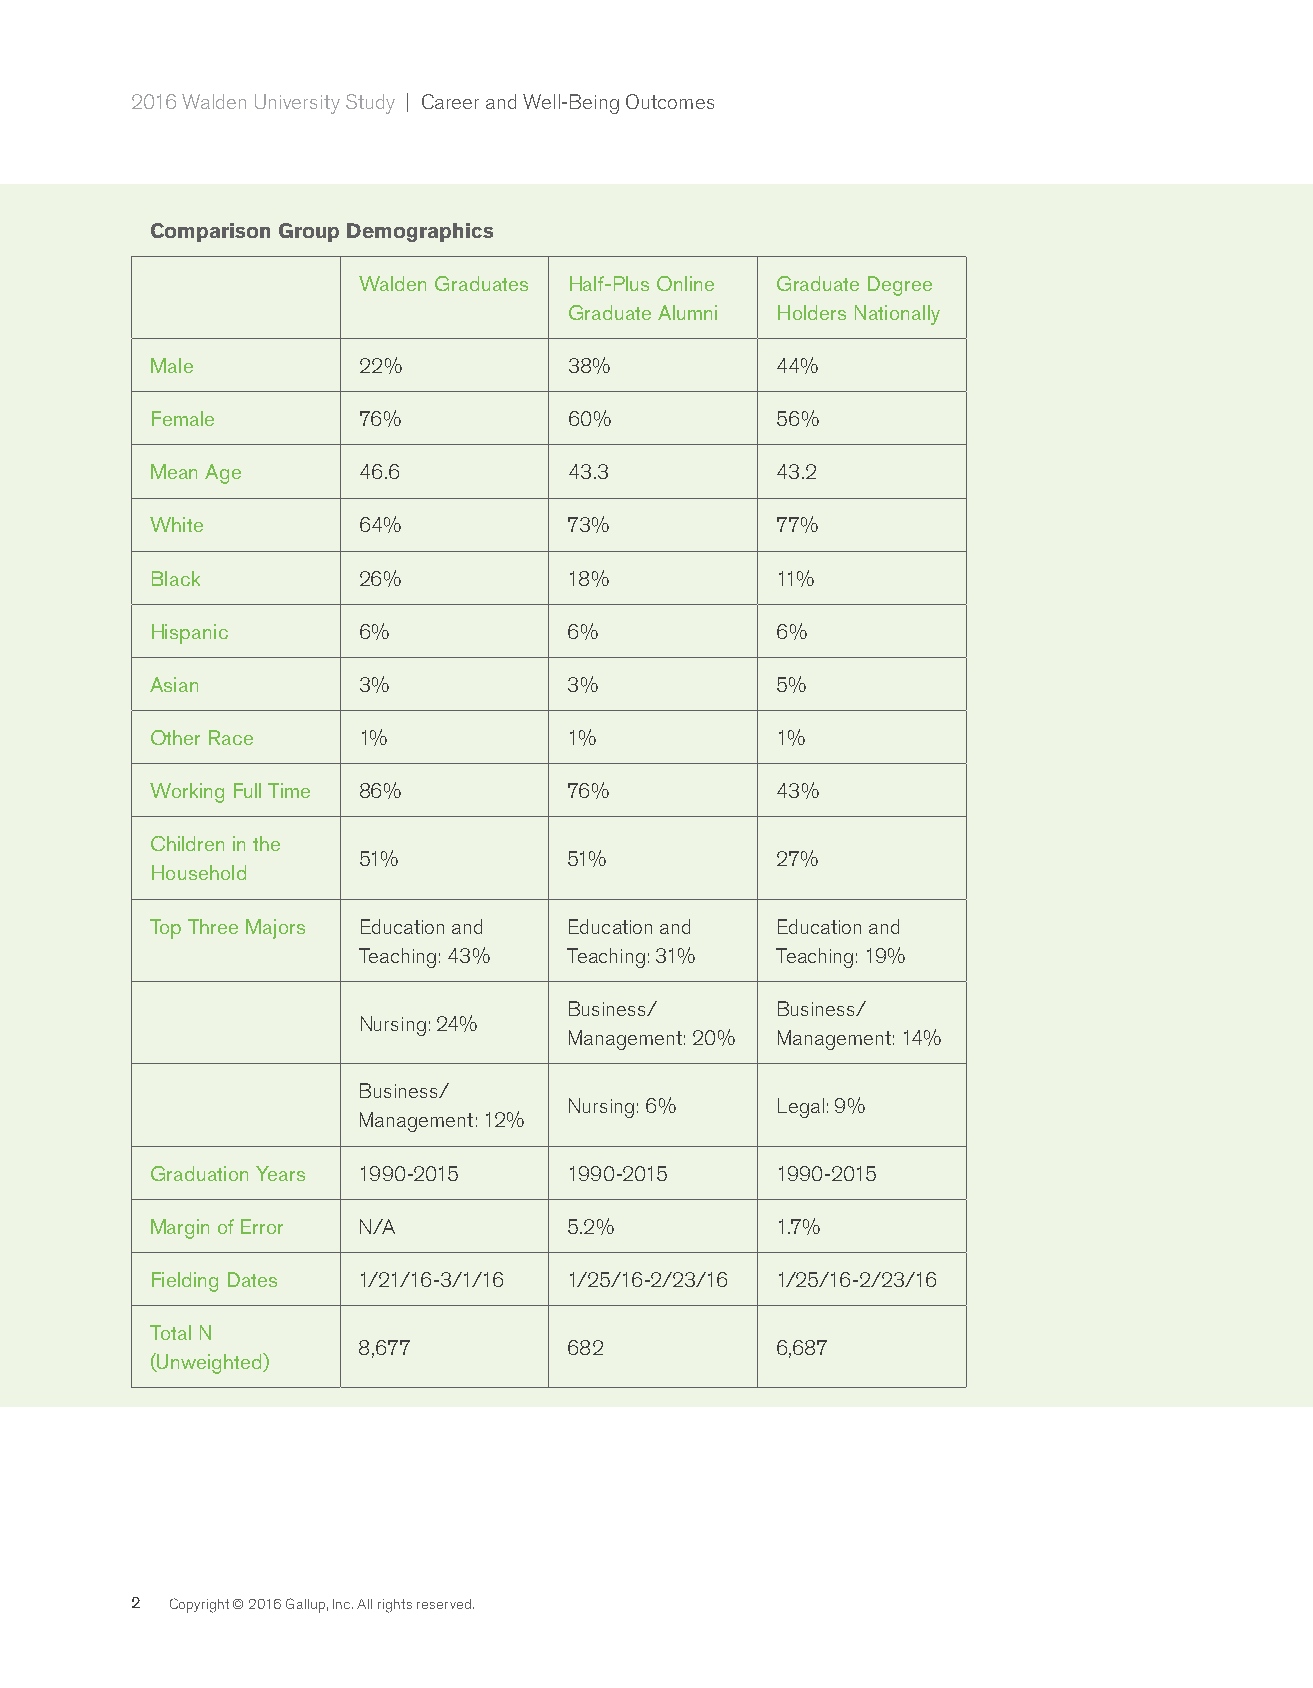
2016 Walden University Study | Career and Well-Being Outcomes
 Comparison Group Demographics
 Walden Graduates Half-Plus Online Graduate Degree
 Graduate Alumni Holders Nationally
 Male          22%           38%          44%
 Female        76%           60%          56%
 Mean Age      46.6          43.3         43.2
 White         64%           73%          77%
 Black         26%           18%          11%
 Hispanic      6%            6%           6%
 Asian         3%            3%           5%
 Other Race    1%            1%           1%
 Working Full Time 86%       76%          43%
 Children in the
 51%           51%          27%
 Household
 Top Three Majors Education and Education and Education and
 Teaching: 43% Teaching: 31% Teaching: 19%
 Business/    Business/
 Nursing: 24%
 Management: 20% Management: 14%
 Business/
 Nursing: 6%  Legal: 9%
 Management: 12%
 Graduation Years 1990-2015  1990-2015    1990-2015
 Margin of Error N/A         5.2%         1.7%
 Fielding Dates 1/21/16-3/1/16 1/25/16-2/23/16 1/25/16-2/23/16
 Total N
 8,677         682          6,687
 (Unweighted)
 2 Copyright © 2016 Gallup, Inc. All rights reserved.